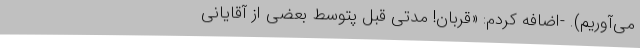
می‌آوریم‌). -اضافه کردم‌: ‌«قربان! مدتی قبل پتوسط بعضی از آقایانی